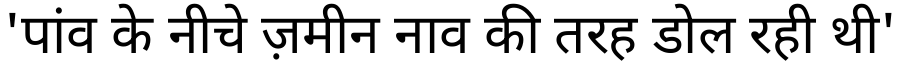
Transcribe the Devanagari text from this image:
'पांव के नीचे ज़मीन नाव की तरह डोल रही थी'